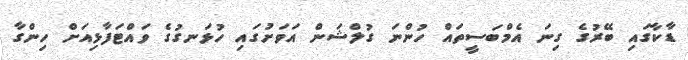
ޑާކާގައި ބޭރުގެ ގިނަ އެމްބަސީތައް ހުންނަ ގުލްޝަން އަވަށުގައި ހުޅަނގުގެ ވައްޓަފާޅިއަށް ހިންގާ